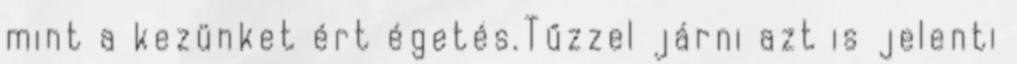
mint a kezünket ért égetés.Tűzzel járni azt is jelenti